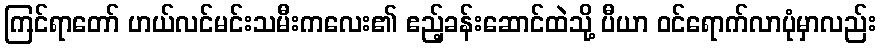
ကြင်ရာတော် ဟယ်လင်မင်းသမီးကလေး၏ ဧည့်ခန်းဆောင်ထဲသို့ ပီယာ ဝင်ရောက်လာပုံမှာလည်း